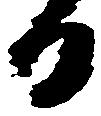
る